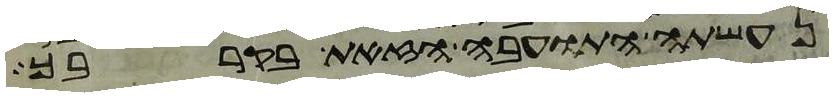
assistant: נעשתה התועבה הזאת בקרבך